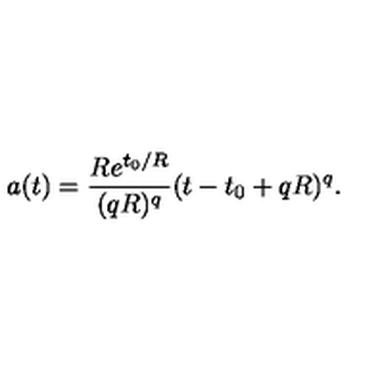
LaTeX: a ( t ) = \frac { R e ^ { t _ { 0 } / R } } { ( q R ) ^ { q } } ( t - t _ { 0 } + q R ) ^ { q } .